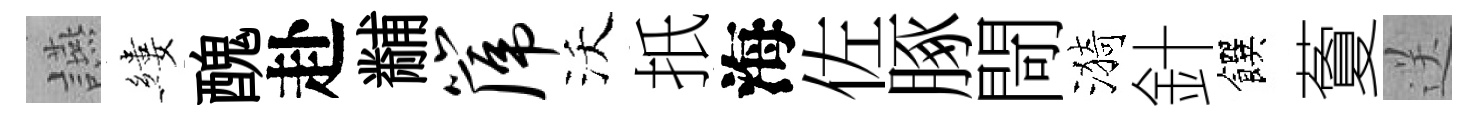
讌縷醜赴黼篪沃扺海佐䐁閜漪針饌藑送